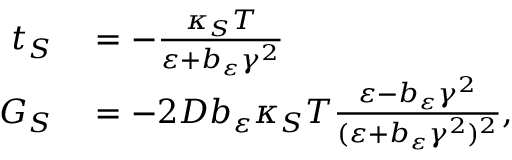
\begin{array} { r l } { t _ { S } } & { { } = - \frac { \kappa _ { S } T } { \varepsilon + b _ { \varepsilon } \gamma ^ { 2 } } } \\ { G _ { S } } & { { } = - 2 D b _ { \varepsilon } \kappa _ { S } T \frac { \varepsilon - b _ { \varepsilon } \gamma ^ { 2 } } { ( \varepsilon + b _ { \varepsilon } \gamma ^ { 2 } ) ^ { 2 } } , } \end{array}